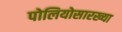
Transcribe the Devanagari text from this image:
पोलियोसारख्या